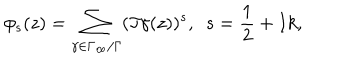
LaTeX: \phi _ { s } ( z ) = \sum _ { \gamma \in \Gamma _ { \infty } / \Gamma } ( \Im \gamma ( z ) ) ^ { s } , ~ ~ s = \frac { 1 } { 2 } + I k ,